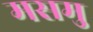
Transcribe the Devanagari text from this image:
मसमु